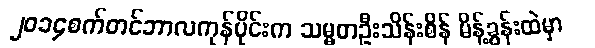
၂၀၁၄စက်တင်ဘာလကုန်ပိုင်းက သမ္မတဦးသိန်းစိန် မိန့်ခွန်းထဲမှာ